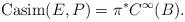
LaTeX: \begin{align*}\operatorname{Casim}(E,P)=\pi^{\ast}C^{\infty}(B).\end{align*}